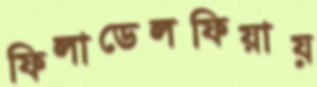
ফিলাডেলফিয়ায়